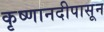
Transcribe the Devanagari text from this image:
कृष्णानदीपासून